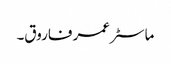
ماسٹر عمر فاروق۔